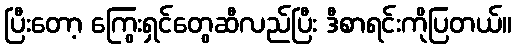
ပြီးတော့ ကြွေးရှင်တွေဆီလည်ပြီး ဒီစာရင်းကိုပြတယ်။